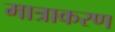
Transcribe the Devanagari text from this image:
मात्राकरण